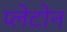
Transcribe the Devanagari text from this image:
प्लेटोन